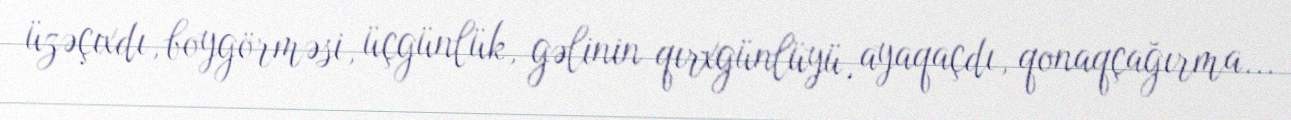
üzəçıxdı, boygörməsi, üçgünlük, gəlinin qırxgünlüyü, ayaqaçdı, qonaqçağırma...